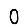
Digit: 0